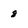
Character: 8